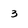
Character: 3